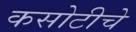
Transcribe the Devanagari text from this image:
कसोटीचे